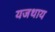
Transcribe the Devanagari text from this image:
यजथाय